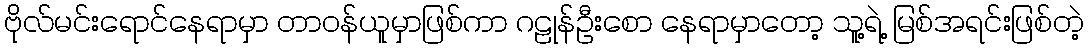
ဗိုလ်မင်းရောင်နေရာမှာ တာဝန်ယူမှာဖြစ်ကာ ဂဠုန်ဦးစော နေရာမှာတော့ သူ့ရဲ့ မြစ်အရင်းဖြစ်တဲ့